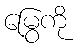
မြွေကို